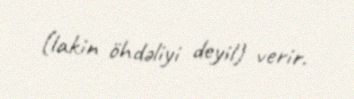
(lakin öhdəliyi deyil) verir.